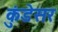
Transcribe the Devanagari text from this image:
कुंडेसर